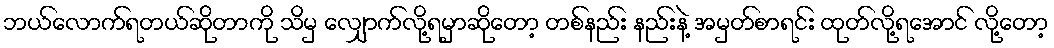
ဘယ်လောက်ရတယ်ဆိုတာကို သိမှ လျှောက်လို့ရမှာဆိုတော့ တစ်နည်း နည်းနဲ့ အမှတ်စာရင်း ထုတ်လို့ရအောင် လို့တော့